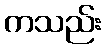
ကသည်း